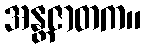
အန္တဇာတက။